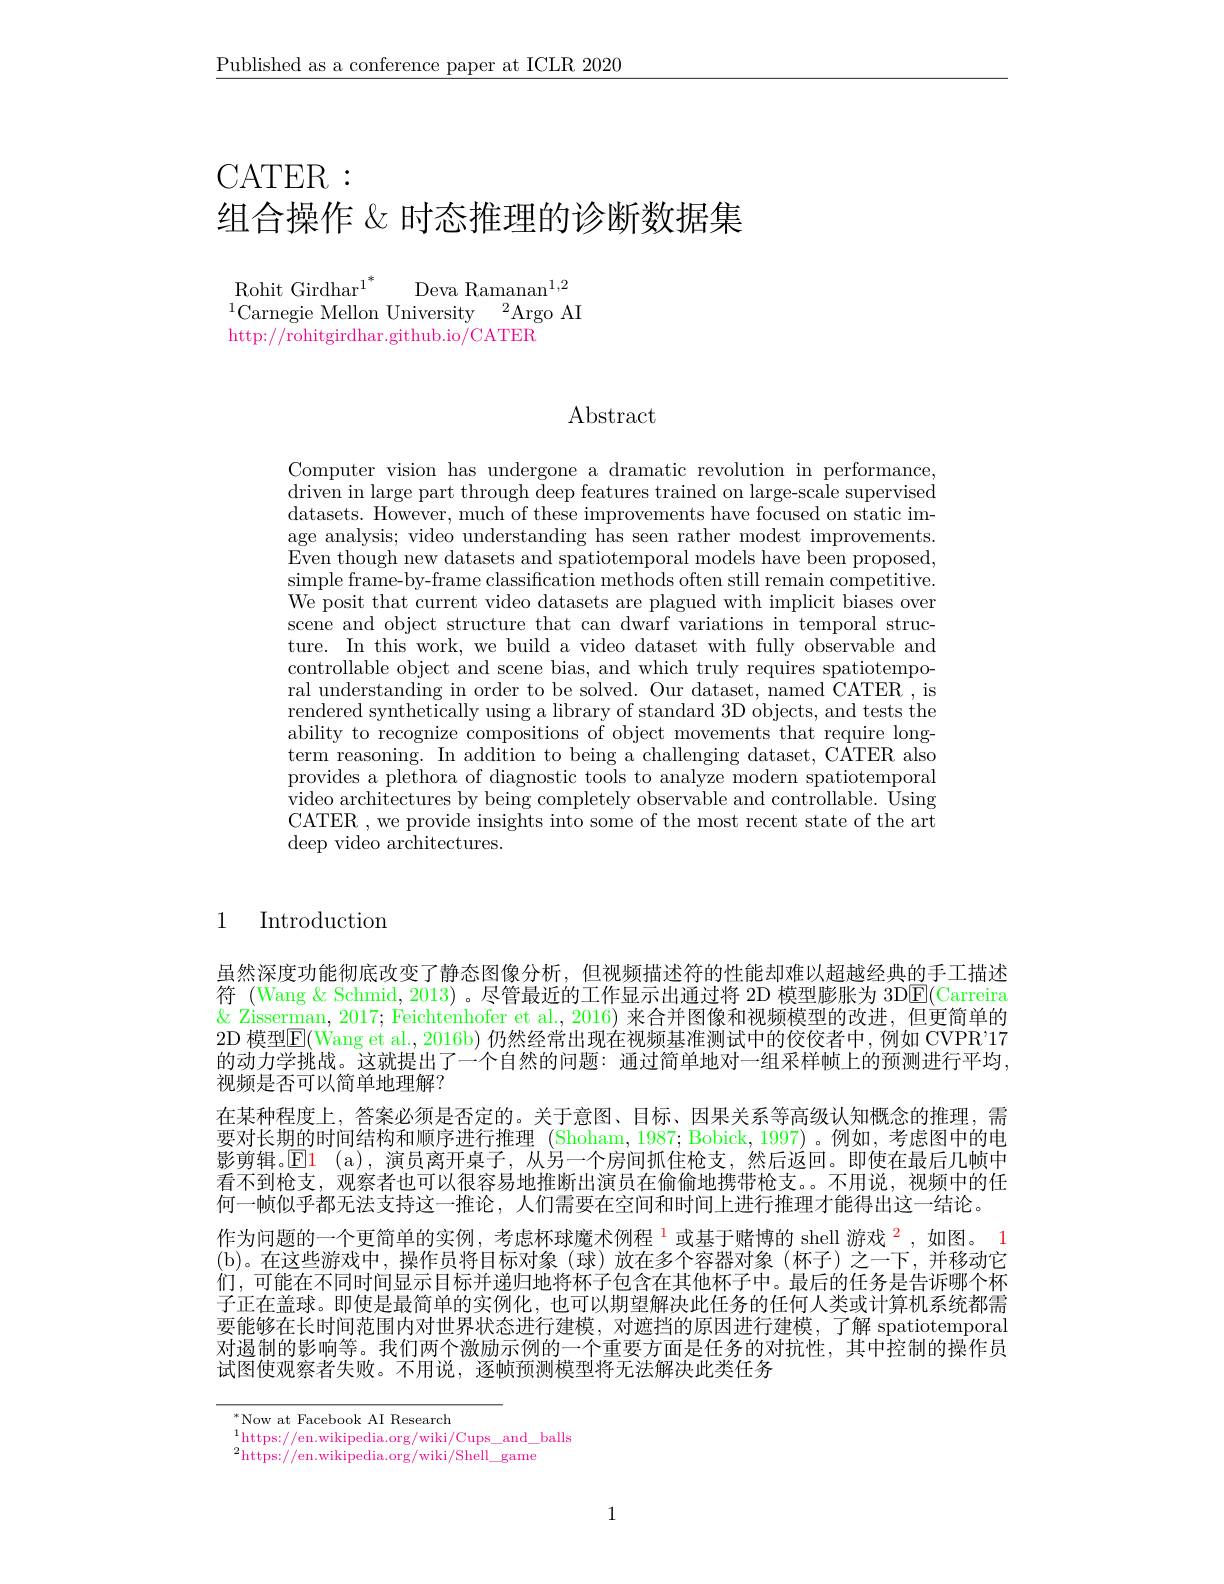
$\underline{\text{Published as a conference paper at ICLR 2020}}$

CATER:

组合操作 & 时态推理的诊断数据集

$\underset{\mathrm{L}}{\operatorname*{\operatorname*{Rohit}}}\mathop{\mathrm{Girdhar}^{1}}^{*}$
Deva Ramanan$^{1,2}$
$^{1}$Carnegie Mellon University$^2$Argo AI
$\bar{\text{http:}//\text{rohitgirdhar.github.io/CATER}}$

$\operatorname{Abstract}$

Computer vision has undergone a dramatic revolution in performance, driven in large part through deep features trained on large-scale supervised datasets. However, much of these improvements have focused on static image analysis; video understanding has seen rather modest improvements. Even though new datasets and spatiotemporal models have been proposed, $\begin{array}{c}\mathrm{simple~frame-by-frame~classification~methods~often~still~remain~competitive.}\\\end{array}$ We posit that current video datasets are plagued with implicit biases over scene and object structure that can dwarf variations in temporal structure. In this work, we build a video dataset with fully observable and controllable object and scene bias, and which truly requires spatiotemporal understanding in order to be solved. Our dataset, named CATER , is rendered synthetically using a library of standard 3D objects, and tests the ability to recognize compositions of object movements that require longterm reasoning. In addition to being a challenging dataset, CATER also provides a plethora of diagnostic tools to analyze modern spatiotemporal video architectures by being completely observable and controllable. Using CATER , we provide insights into some of the most recent state of the art $\operatorname{deep}$ video architectures.

# 1 Introduction

虽然深度功能彻底改变了静态图像分析，但视频描述符的性能却难以超越经典的手工描述符 (Wang & Schmid, 2013) 。尽管最近的工作显示出通过将 2D 模型膨胀为 3DE(Carreira $\&$ Zisserman, 2017; Feichtenhofer et al., 2016) 来合并图像和视频模型的改进，但更简单的2D 模型E(Wang et al., 2016b) 仍然经常出现在视频基准测试中的佼佼者中，例如 CVPR'17的动力学挑战。这就提出了一个自然的问题：通过简单地对一组采样帧上的预测进行平均视频是否可以简单地理解？
在某种程度上，答案必须是否定的。关于意图、目标、因果关系等高级认知概念的推理，需要对长期的时间结构和顺序进行推理 (Shoham,1987; Bobick,1997)。例如，考虑图中的电影剪辑。$\mathbb{E}$1 (a),演员离开桌子，从另一个房间抓住枪支，然后返回。即使在最后几帧中看不到枪支，观察者也可以很容易地推断出演员在偷偷地携带枪支。不用说，视频中的任何一帧似乎都无法支持这一推论，人们需要在空间和时间上进行推理才能得出这一结论。
作为问题的一个更简单的实例，考虑杯球魔术例程$^{1}$或基于赌博的 shell 游戏$^{\color{red}2}$,如图。1 (b)。在这些游戏中，操作员将目标对象(球)放在多个容器对象(杯子)之一下，并移动它们，可能在不同时间显示目标并递归地将杯子包含在其他杯子中。最后的任务是告诉哪个杯子正在盖球。即使是最简单的实例化，也可以期望解决此任务的任何人类或计算机系统都需要能够在长时间范围内对世界状态进行建模，对遮挡的原因进行建模，了解 spatiotemporal 对遏制的影响等。我们两个激励示例的一个重要方面是任务的对抗性，其中控制的操作员试图使观察者失败。不用说，逐帧预测模型将无法解决此类任务

$^*$Now at Facebook AI Research
$^{1}$https://en.wikipedia.org/wiki/Cups\_and\_balls
$^{2}$https://en.wikipedia.org/wiki/Shell\_game

1